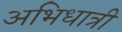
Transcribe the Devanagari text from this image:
अभिधात्री